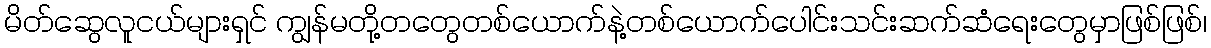
မိတ်ဆွေလူငယ်များရှင် ကျွန်မတို့တတွေတစ်ယောက်နဲ့တစ်ယောက်ပေါင်းသင်းဆက်ဆံရေးတွေမှာဖြစ်ဖြစ်၊